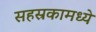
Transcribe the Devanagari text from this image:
सहस्रकामध्ये